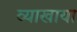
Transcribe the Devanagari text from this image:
व्याखाया